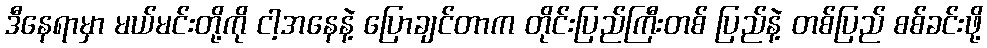
ဒီနေရာမှာ မယ်မင်းတို့ကို ငါ့အနေနဲ့ ပြောချင်တာက တိုင်းပြည်ကြီးတစ် ပြည်နဲ့ တစ်ပြည် စစ်ခင်းဖို့